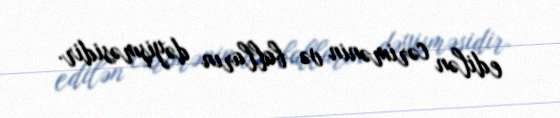
edilən cərimənin və balların dəyişməsidir.